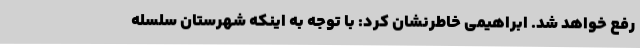
رفع خواهد شد. ابراهیمی خاطرنشان کرد: با توجه به اینکه شهرستان سلسله